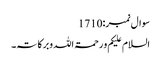
سوال نمبر:1710
السلام علیکم و رحمۃ اللہ وبرکاتہ۔